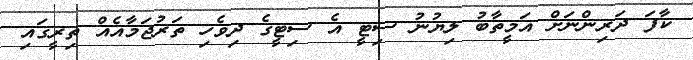
ކާފަ ދަރިންނަށް އަމީތާބު ލިޔުނު ސިޓީ އެ ސިޓީގެ ދިވެހި ތަރުޖަމާއެއް ތިރީގައި